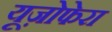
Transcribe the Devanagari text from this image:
यूज़ोफेरा